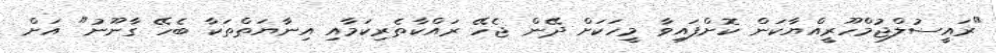
"ރައީސުލްޖުމްހޫރީއްޔާކަން ކޮށްފައިވާ މީހަކަށް ދޭން ޖެހޭ ރައްކާތެރިކަމާއި އިނާޔަތްތަކާ ބެހޭ ގާނޫނު" އަށް